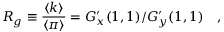
R _ { g } \equiv { \frac { \langle k \rangle } { \langle \pi \rangle } } = G _ { x } ^ { \prime } ( 1 , 1 ) / G _ { y } ^ { \prime } ( 1 , 1 ) \quad ,